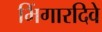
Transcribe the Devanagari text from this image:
भिंगारदिवे